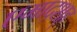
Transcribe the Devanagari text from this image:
एमाद्शह्